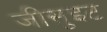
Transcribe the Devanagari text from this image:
जीसुइट